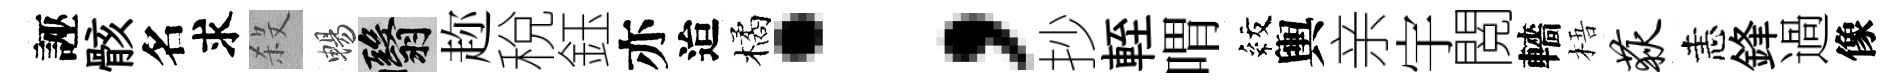
誣骸名求殺暢翳趂稅鈺亦迨橘；抄輊喟紋輿亲宇閲轖梧荻恚鋒過像